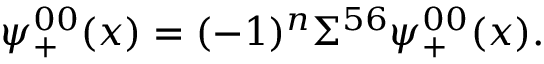
\psi _ { + } ^ { 0 0 } ( x ) = ( - 1 ) ^ { n } \Sigma ^ { 5 6 } \psi _ { + } ^ { 0 0 } ( x ) .